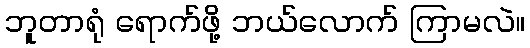
ဘူတာရုံ ရောက်ဖို့ ဘယ်လောက် ကြာမလဲ။